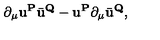
\partial _ { \mu } { \mathbf { u } } ^ { \mathbf { P } } \bar { \mathbf { u } } ^ { \mathbf { Q } } - { \mathbf { u } } ^ { \mathbf { P } } \partial _ { \mu } \bar { \mathbf { u } } ^ { \mathbf { Q } } ,